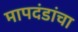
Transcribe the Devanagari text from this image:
मापदंडांचा